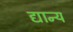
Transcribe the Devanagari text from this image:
द्यान्य